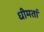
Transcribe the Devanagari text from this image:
धीमतां